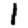
Digit: 1